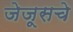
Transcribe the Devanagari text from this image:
जेजूसचे